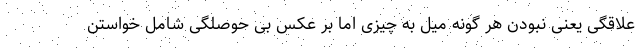
علاقگی یعنی نبودن هر گونه میل به چیزی اما بر عکس بی حوصلگی شامل خواستن